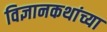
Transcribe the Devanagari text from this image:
विज्ञानकथांच्या